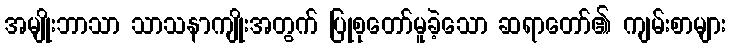
အမျိုးဘာသာ သာသနာကျိုးအတွက် ပြုစုတော်မူခဲ့သော ဆရာတော်၏ ကျမ်းစာများ